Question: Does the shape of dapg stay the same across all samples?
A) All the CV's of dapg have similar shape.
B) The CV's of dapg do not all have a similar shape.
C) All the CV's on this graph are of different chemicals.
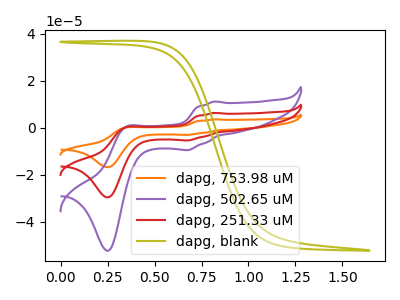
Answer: <think>The orange curve "dapg, 753.98 uM" has anodic peaks at (0.80V, 12.65uA) (0.35V, 0.50uA) and cathodic peaks at (0.70V, -10.70uA) (0.25V, -59.10uA). The purple curve "dapg, 502.65 uM" has anodic peaks at (0.80V, 11.15uA) (0.35V, 0.45uA) and cathodic peaks at (0.70V, -9.45uA) (0.25V, -52.20uA). The red curve "dapg, 251.33 uM" has anodic peaks at (0.80V, 6.30uA) (0.35V, 0.25uA) and cathodic peaks at (0.70V, -5.35uA) (0.25V, -29.55uA). The olive curve "dapg, blank" has no peaks.
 All the peaks in "dapg, 753.98 uM" have a peak in "dapg, 502.65 uM" at the same potential. Every peak in "dapg, 753.98 uM" is higher than every peak in "dapg, 502.65 uM". All the peaks in "dapg, 753.98 uM" have a peak in "dapg, 251.33 uM" at the same potential. Every peak in "dapg, 753.98 uM" is higher than every peak in "dapg, 251.33 uM". "dapg, 753.98 uM" and "dapg, blank" have a different number of peaks. All the peaks in "dapg, 502.65 uM" have a peak in "dapg, 251.33 uM" at the same potential. Every peak in "dapg, 502.65 uM" is higher than every peak in "dapg, 251.33 uM". "dapg, 502.65 uM" and "dapg, blank" have a different number of peaks. "dapg, 251.33 uM" and "dapg, blank" have a different number of peaks.</think>
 <answer>A) All the CV's of "dapg" have similar shape.</answer>
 <eval>A</eval>